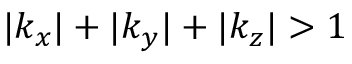
| k _ { x } | + | k _ { y } | + | k _ { z } | > 1